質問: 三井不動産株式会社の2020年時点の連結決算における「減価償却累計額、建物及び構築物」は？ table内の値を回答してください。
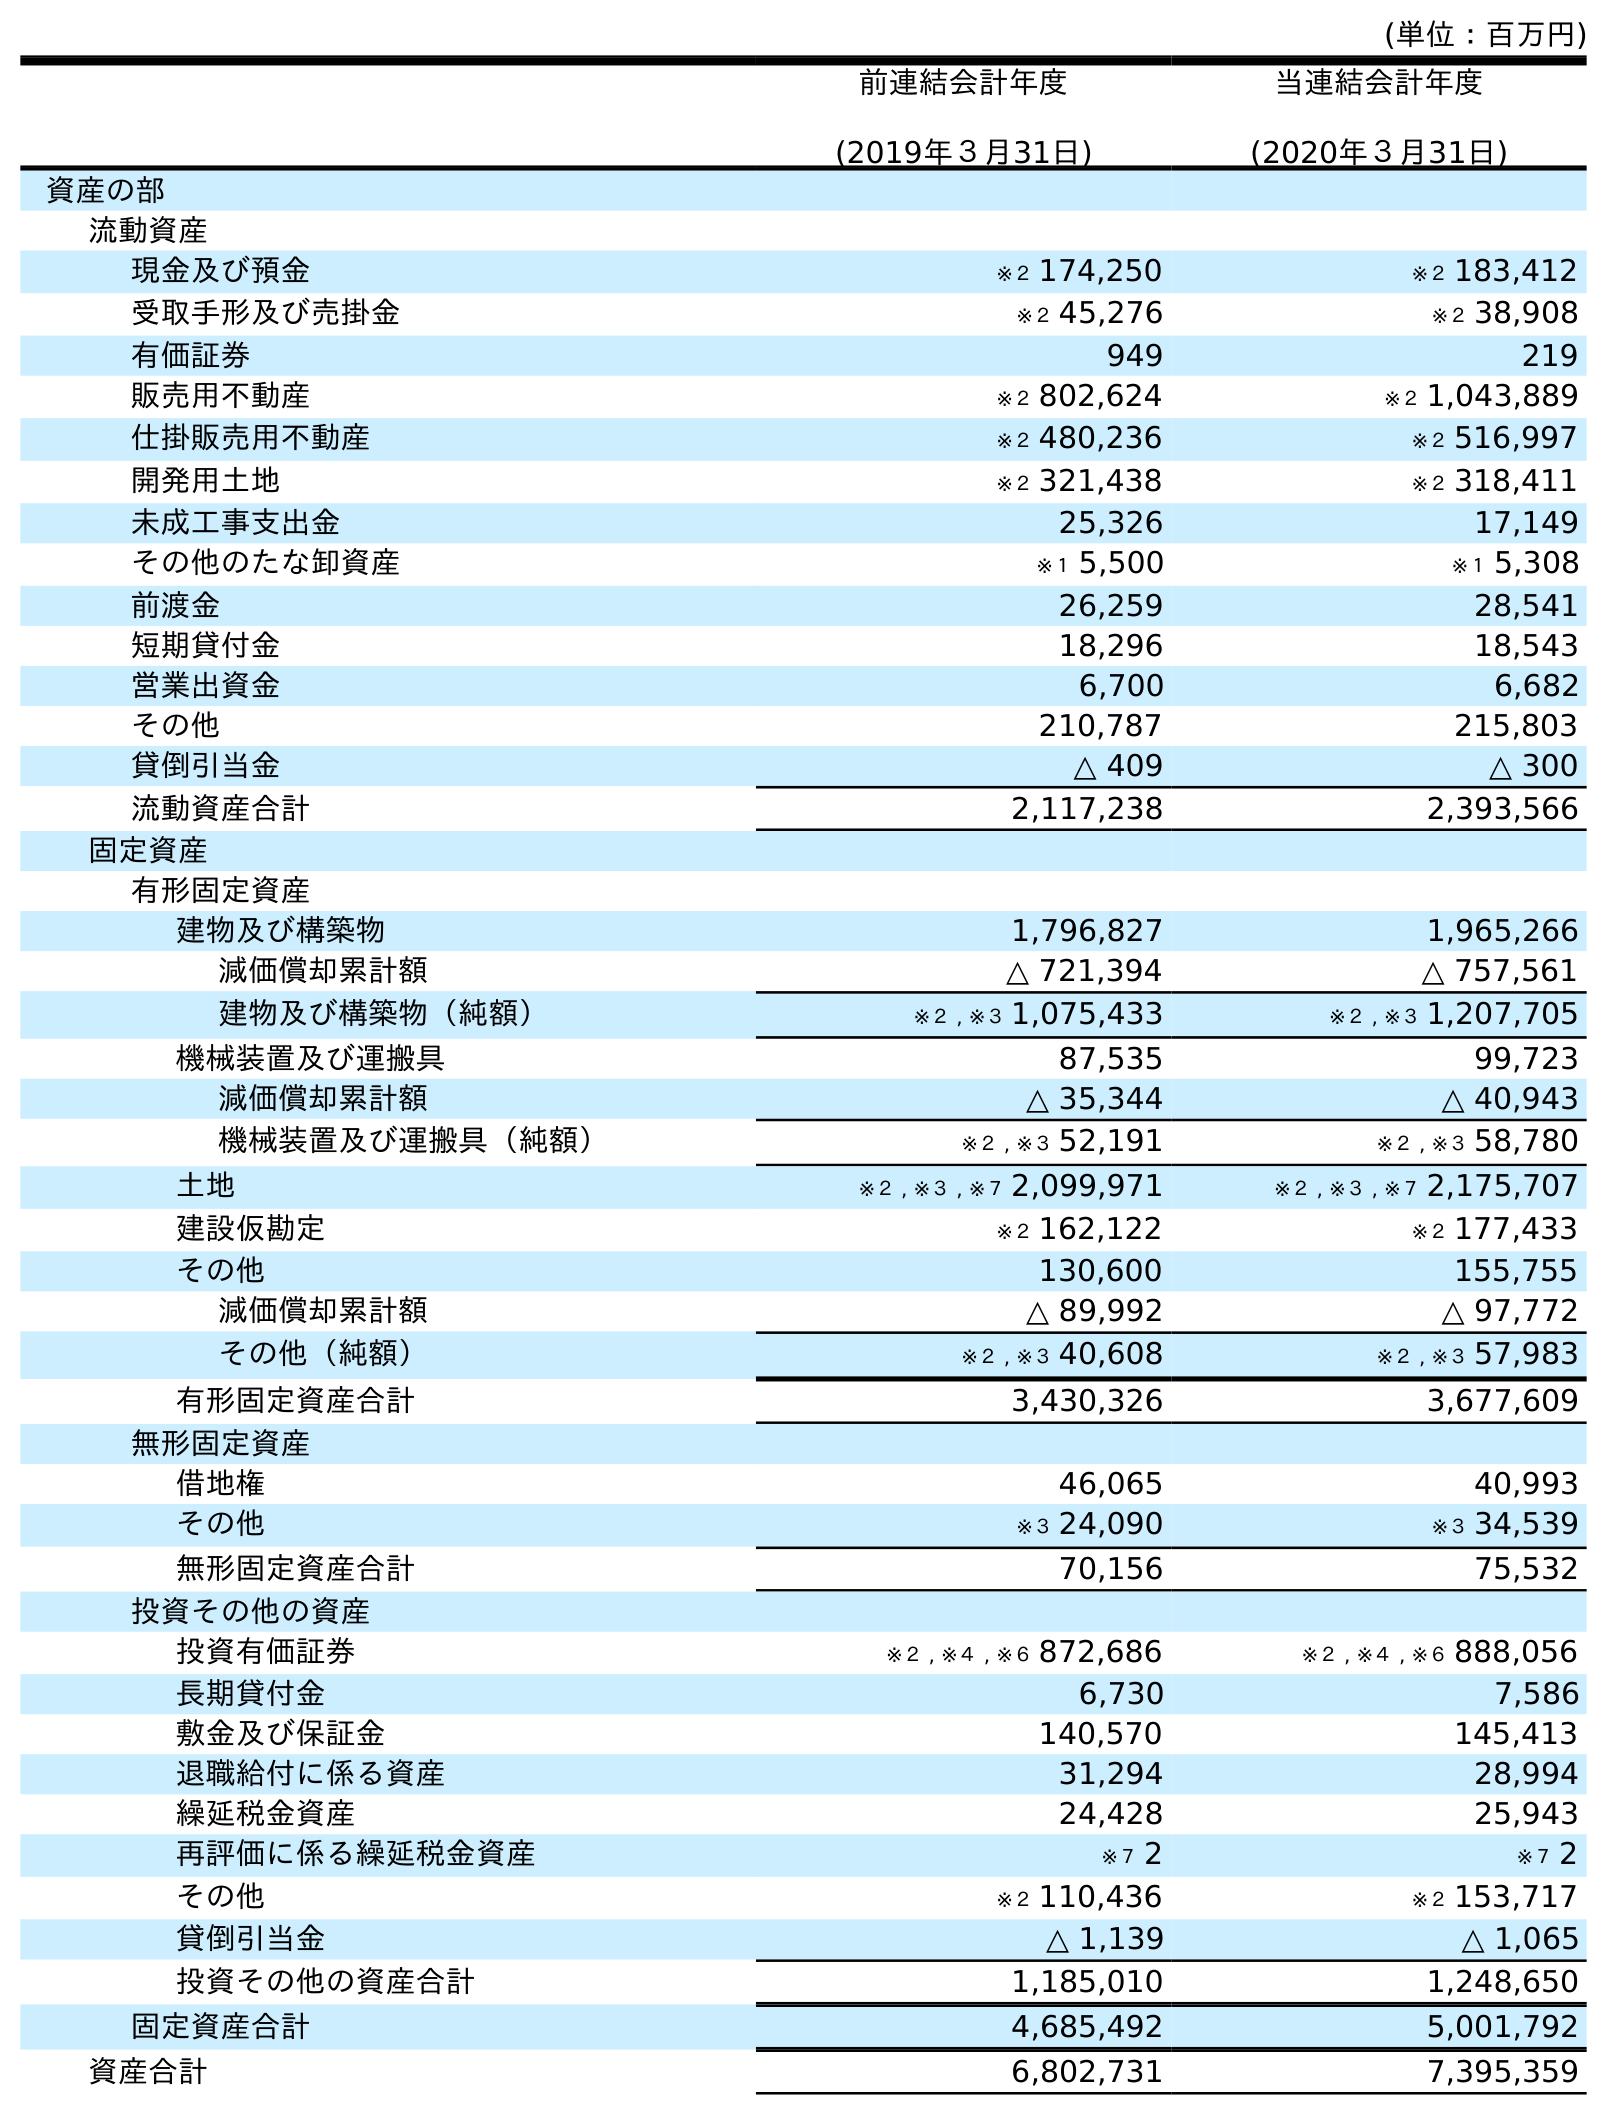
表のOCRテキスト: (単位：百万円) 前連結会計年度 (2019年３月31日) 当連結会計年度 (2020年３月31日) 資産の部 流動資産 現金及び預金 ※２ 174,250 ※２ 183,412 受取手形及び売掛金 ※２ 45,276 ※２ 38,908 有価証券 949 219 販売用不動産 ※２ 802,624 ※２ 1,043,889 仕掛販売用不動産 ※２ 480,236 ※２ 516,997 開発用土地 ※２ 321,438 ※２ 318,411 未成工事支出金 25,326 17,149 その他のたな卸資産 ※１ 5,500 ※１ 5,308 前渡金 26,259 28,541 短期貸付金 18,296 18,543 営業出資金 6,700 6,682 その他 210,787 215,803 貸倒引当金 △ 409 △ 300 流動資産合計 2,117,238 2,393,566 固定資産 有形固定資産 建物及び構築物 1,796,827 1,965,266 減価償却累計額 △ 721,394 △ 757,561 建物及び構築物（純額） ※２ , ※３ 1,075,433 ※２ , ※３ 1,207,705 機械装置及び運搬具 87,535 99,723 減価償却累計額 △ 35,344 △ 40,943 機械装置及び運搬具（純額） ※２ , ※３ 52,191 ※２ , ※３ 58,780 土地 ※２ , ※３ , ※７ 2,099,971 ※２ , ※３ , ※７ 2,175,707 建設仮勘定 ※２ 162,122 ※２ 177,433 その他 130,600 155,755 減価償却累計額 △ 89,992 △ 97,772 その他（純額） ※２ , ※３ 40,608 ※２ , ※３ 57,983 有形固定資産合計 3,430,326 3,677,609 無形固定資産 借地権 46,065 40,993 その他 ※３ 24,090 ※３ 34,539 無形固定資産合計 70,156 75,532 投資その他の資産 投資有価証券 ※２ , ※４ , ※６ 872,686 ※２ , ※４ , ※６ 888,056 長期貸付金 6,730 7,586 敷金及び保証金 140,570 145,413 退職給付に係る資産 31,294 28,994 繰延税金資産 24,428 25,943 再評価に係る繰延税金資産 ※７ 2 ※７ 2 その他 ※２ 110,436 ※２ 153,717 貸倒引当金 △ 1,139 △ 1,065 投資その他の資産合計 1,185,010 1,248,650 固定資産合計 4,685,492 5,001,792 資産合計 6,802,731 7,395,359
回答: △757,561